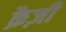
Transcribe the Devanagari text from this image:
क्रैज़ी